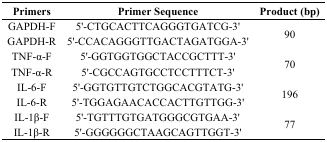
| Primers | Primer Sequence | Product (bp) |
 | --- | --- | --- |
 | GAPDH-F | 5'-CTGCACTTCAGGGTGATCG-3' | <ROWSPAN=2> 90 |
 | GAPDH-R | 5'-CCACAGGGTTGACTAGATGGA-3' |
 | TNF-α-F | 5'-GGTGGTGGCTACCGCTTT-3' | <ROWSPAN=2> 70 |
 | TNF-α-R | 5'-CGCCAGTGCCTCCTTTCT-3' |
 | IL-6-F | 5'-GGTGTTGTCTGGCACGTATG-3' | <ROWSPAN=2> 196 |
 | IL-6-R | 5'-TGGAGAACACCACTTGTTGG-3' |
 | IL-1β-F | 5'-TGTTTGTGATGGGCGTGAA-3' | <ROWSPAN=2> 77 |
 | IL-1β-R | 5'-GGGGGGCTAAGCAGTTGGT-3' |